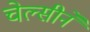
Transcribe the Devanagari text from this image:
चेल्सीने